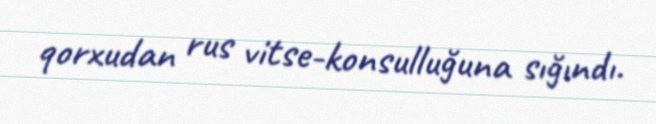
qorxudan rus vitse-konsulluğuna sığındı.